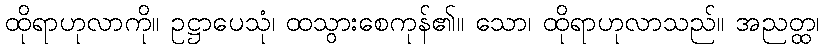
ထိုရာဟုလာကို။ ဥဋ္ဌာပေသုံ၊ ထသွားစေကုန်၏။ သော၊ ထိုရာဟုလာသည်။ အညတ္ထ၊